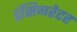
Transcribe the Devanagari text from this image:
इंसिनरेटर